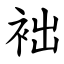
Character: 袦